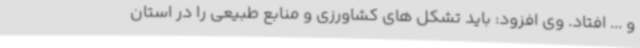
و ... افتاد. وی افزود: باید تشکل های کشاورزی و منابع طبیعی را در استان